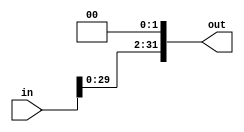
module Shift_Left(out, in);
	input [31:0] in;
	output [31:0] out;
	assign out = {in[29:0],1'b0,1'b0};
endmodule

module TBShiftLeft;
  reg [31:0] in;
  wire [31:0] out;
  Shift_Left sl(out, in);
  initial begin
    $monitor($time, " :Input = %b,\t Output = %b.", in, out);
    #0  in = 32'h2345F000;
    #100  in = 32'h81234011;
    #100  in = 32'h89018310;
    #100  in = 32'hAAAA9999;
    #200  $finish;
  end
endmodule